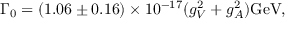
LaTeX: \Gamma _ { 0 } = ( 1 . 0 6 \pm 0 . 1 6 ) \times 1 0 ^ { - 1 7 } ( g _ { V } ^ { 2 } + g _ { A } ^ { 2 } ) \mathrm { G e V } ,